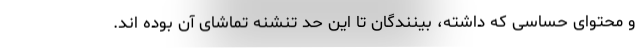
و محتوای حساسی که داشته، بینندگان تا این حد تنشنه تماشای آن بوده اند.